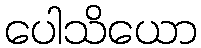
ပေါသိယော